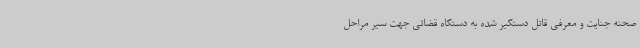
صحنه جنایت و معرفی قاتل دستگیر شده به دستگاه قضائی جهت سیر مراحل